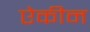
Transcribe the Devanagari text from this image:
ऐकीन